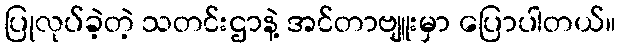
ပြုလုပ်ခဲ့တဲ့ သတင်းဌာနဲ့ အင်တာဗျူးမှာ ပြောပါတယ်။